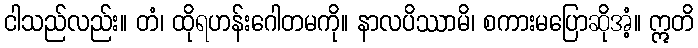
ငါသည်လည်း။ တံ၊ ထိုရဟန်းဂေါတမကို။ နာလပိဿာမိ၊ စကားမပြောဆိုအံ့။ ဣတိ